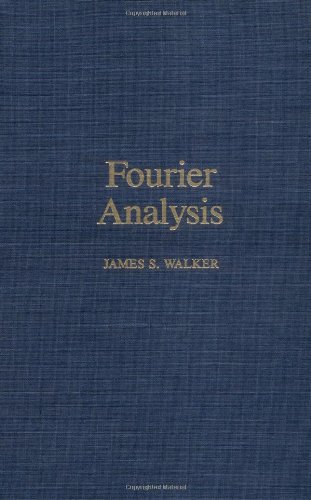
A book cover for Fourier Analysis; James S. Walker; Science & Math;